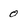
Character: 0